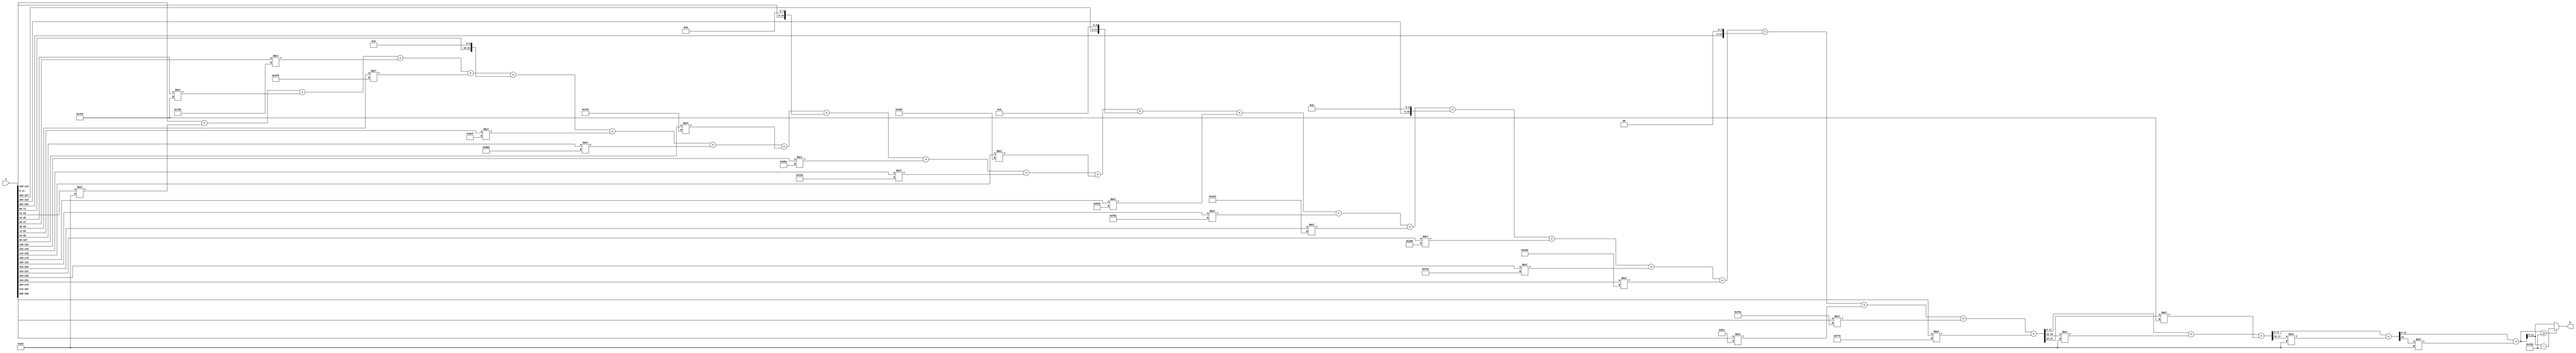
module x_300_mod_4051(
    input [300:1] X,
    output [12:1] R
    );

wire [28:1] R_temp_1;
wire [18:1] R_temp_2;
wire [13:1] R_temp_3;
wire [13:1] R_temp_4;
reg [12:1]  R_temp;

assign R_temp_1 = X [ 12 : 1 ]  + X [ 24 : 13 ] * 6'b101101 + X [ 36 : 25 ] * 11'b11111101001 + 
						X [ 48 : 37 ] * 11'b11111010011 + X [ 60 : 49 ] * 10'b1111110101 + 
						{X [ 72 : 61 ], 10'b0000000000} + X [ 84 : 73 ] * 11'b10111101111 + 
						X [ 96 : 85 ] * 12'b110111010011 + X [ 108 : 97 ] * 11'b10011110010 + 
						{X [ 120 : 109 ], 8'b00000000} + X [ 132 : 121 ] * 12'b110101011010 + 
						X [ 144 : 133 ] * 12'b111101010011 + X [ 156 : 145 ] * 12'b100100100110 + 
						{X [ 168 : 157 ], 6'b000000} + X [ 180 : 169 ] * 12'b101101000000 + 
						X [ 192 : 181 ] * 12'b111110110011 + X [ 204 : 193 ] * 12'b101000110011 + 
						{X [ 216 : 205 ], 4'b0000} + X [ 228 : 217 ] * 10'b1011010000 + 
						X [ 240 : 229 ] * 12'b111111001011 + X [ 252 : 241 ] * 12'b111001101011 + 
						{X [ 264 : 253 ], 2'b00} + X [ 276 : 265 ] * 8'b10110100 + 
						X [ 288 : 277 ] * 12'b111111010001 + X [ 300 : 289 ] * 12'b111101111001 ;

assign R_temp_2 = R_temp_1 [ 12 : 1 ]  + R_temp_1 [ 24 : 13 ] * 6'b101101 + 
						R_temp_1 [ 28 : 25 ] * 11'b11111101001 ;

assign R_temp_3 = R_temp_2 [ 12 : 1 ]  + R_temp_2 [18 : 13 ] * 6'b101101 ;

assign R_temp_4 = R_temp_3 [ 12 : 1 ]  + R_temp_3 [ 13 ] * 6'b101101 ;

always @(R_temp_4)
begin
  if (R_temp_4 >= 12'b111111010011)
    R_temp <= R_temp_4 - 12'b111111010011;
  else
    R_temp <= R_temp_4;
end

assign R = R_temp;

endmodule